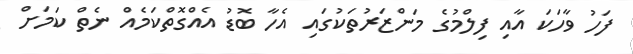
ފަހު ވާހަކަ އާއި ފިލްމުގެ މަންޒަރުތަކުގައި އެހާ ބޮޑު އެއްގޮތްކަމެއް ނެތް ކަމަށް